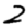
Digit: 2